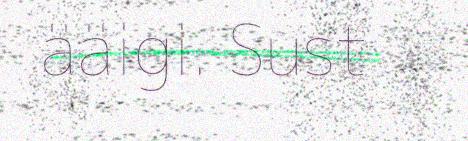
ääigi. Sust